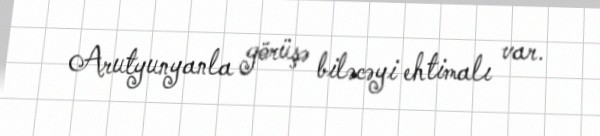
Arutyunyanla görüşə biləcəyi ehtimalı var.